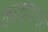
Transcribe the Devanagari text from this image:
काकणभर